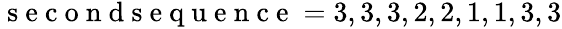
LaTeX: \begin{array}{r}{\mathrm{~s~e~c~o~n~d~s~e~q~u~e~n~c~e~}=3,3,3,2,2,1,1,3,3}\end{array}